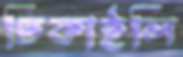
ঢিকাইলি